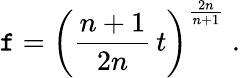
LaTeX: \mathtt{f}=\left(\frac{{n+1}}{{2n}}\, t\right)^{\frac{{2n}}{{n+1}}}\ .